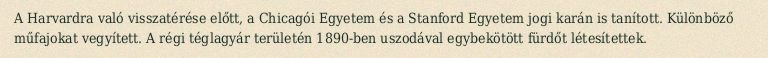
A Harvardra való visszatérése előtt, a Chicagói Egyetem és a Stanford Egyetem jogi karán is tanított. Különböző műfajokat vegyített. A régi téglagyár területén 1890-ben uszodával egybekötött fürdőt létesítettek.